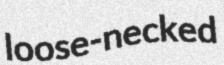
loose-necked